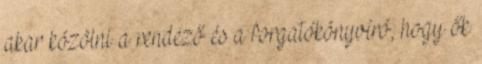
akar közölni a rendező és a forgatókönyvíró, hogy ők